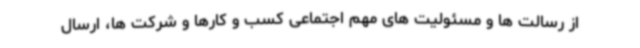
از رسالت ها و مسئولیت های مهم اجتماعی کسب و کارها و شرکت ها، ارسال